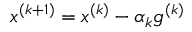
x ^ { ( k + 1 ) } = x ^ { ( k ) } - \alpha _ { k } g ^ { ( k ) }